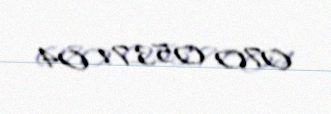
070 053 71 04